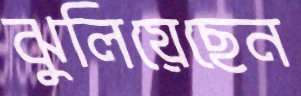
ঝুলিয়েছেন